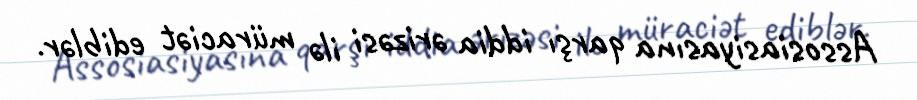
Assosiasiyasına qarşı iddia ərizəsi ilə müraciət ediblər.